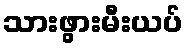
သားဖွားမီးယပ်